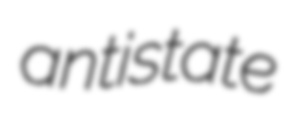
antistate